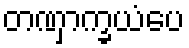
တဏှာက္ခယံပေ